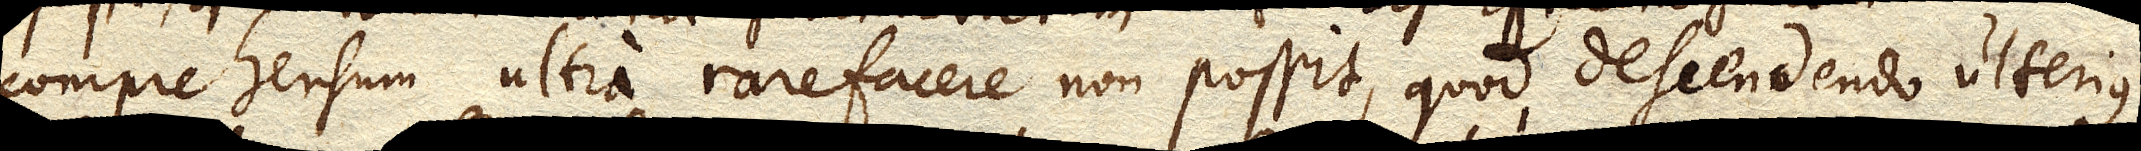
comprehensum ultra rarefacere non possit, quod descendendo ulterius